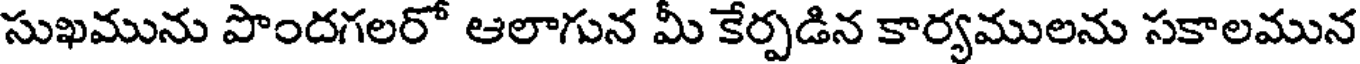
సుఖమును పొందగలరో ఆలాగున మీ కేర్పడిన కార్యములను సకాలమున